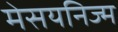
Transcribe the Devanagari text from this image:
मेसयनिज्म